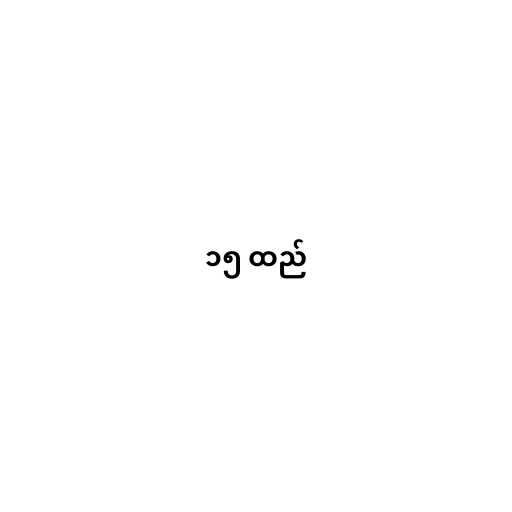
၁၅ ထည်